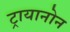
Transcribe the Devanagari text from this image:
ट्रायानोन